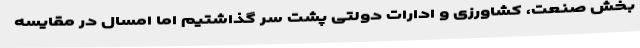
بخش صنعت، کشاورزی و ادارات دولتی پشت سر گذاشتیم اما امسال در مقایسه